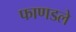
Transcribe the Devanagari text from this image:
फाणडले